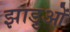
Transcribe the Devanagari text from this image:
झाड़ुओं